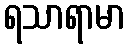
ရသာရာမာ